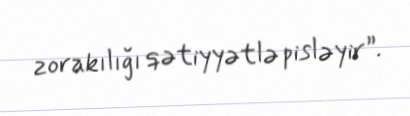
zorakılığı qətiyyətlə pisləyir”.